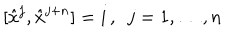
LaTeX: [ \hat { x } ^ { j } , \hat { x } ^ { j + n } ] = i \, , \enspace j = 1 , \dots , n